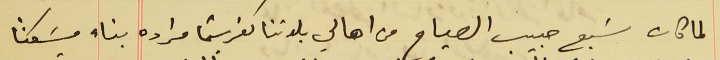
لما كان سَبع حبيب الصياح من اهالي بلدتنا كفرشيما مراده بناء مسَكنًا